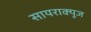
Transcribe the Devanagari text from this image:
सायराक्यूज